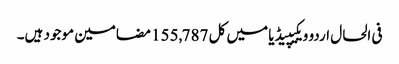
فی الحال اردو ویکیپیڈیا میں کل 155,787 مضامین موجود ہیں۔